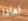
لماذا